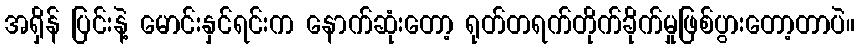
အရှိန် ပြင်းနဲ့ မောင်းနှင်ရင်းက နောက်ဆုံးတော့ ရုတ်တရက်တိုက်ခိုက်မှုဖြစ်ပွားတော့တာပဲ။